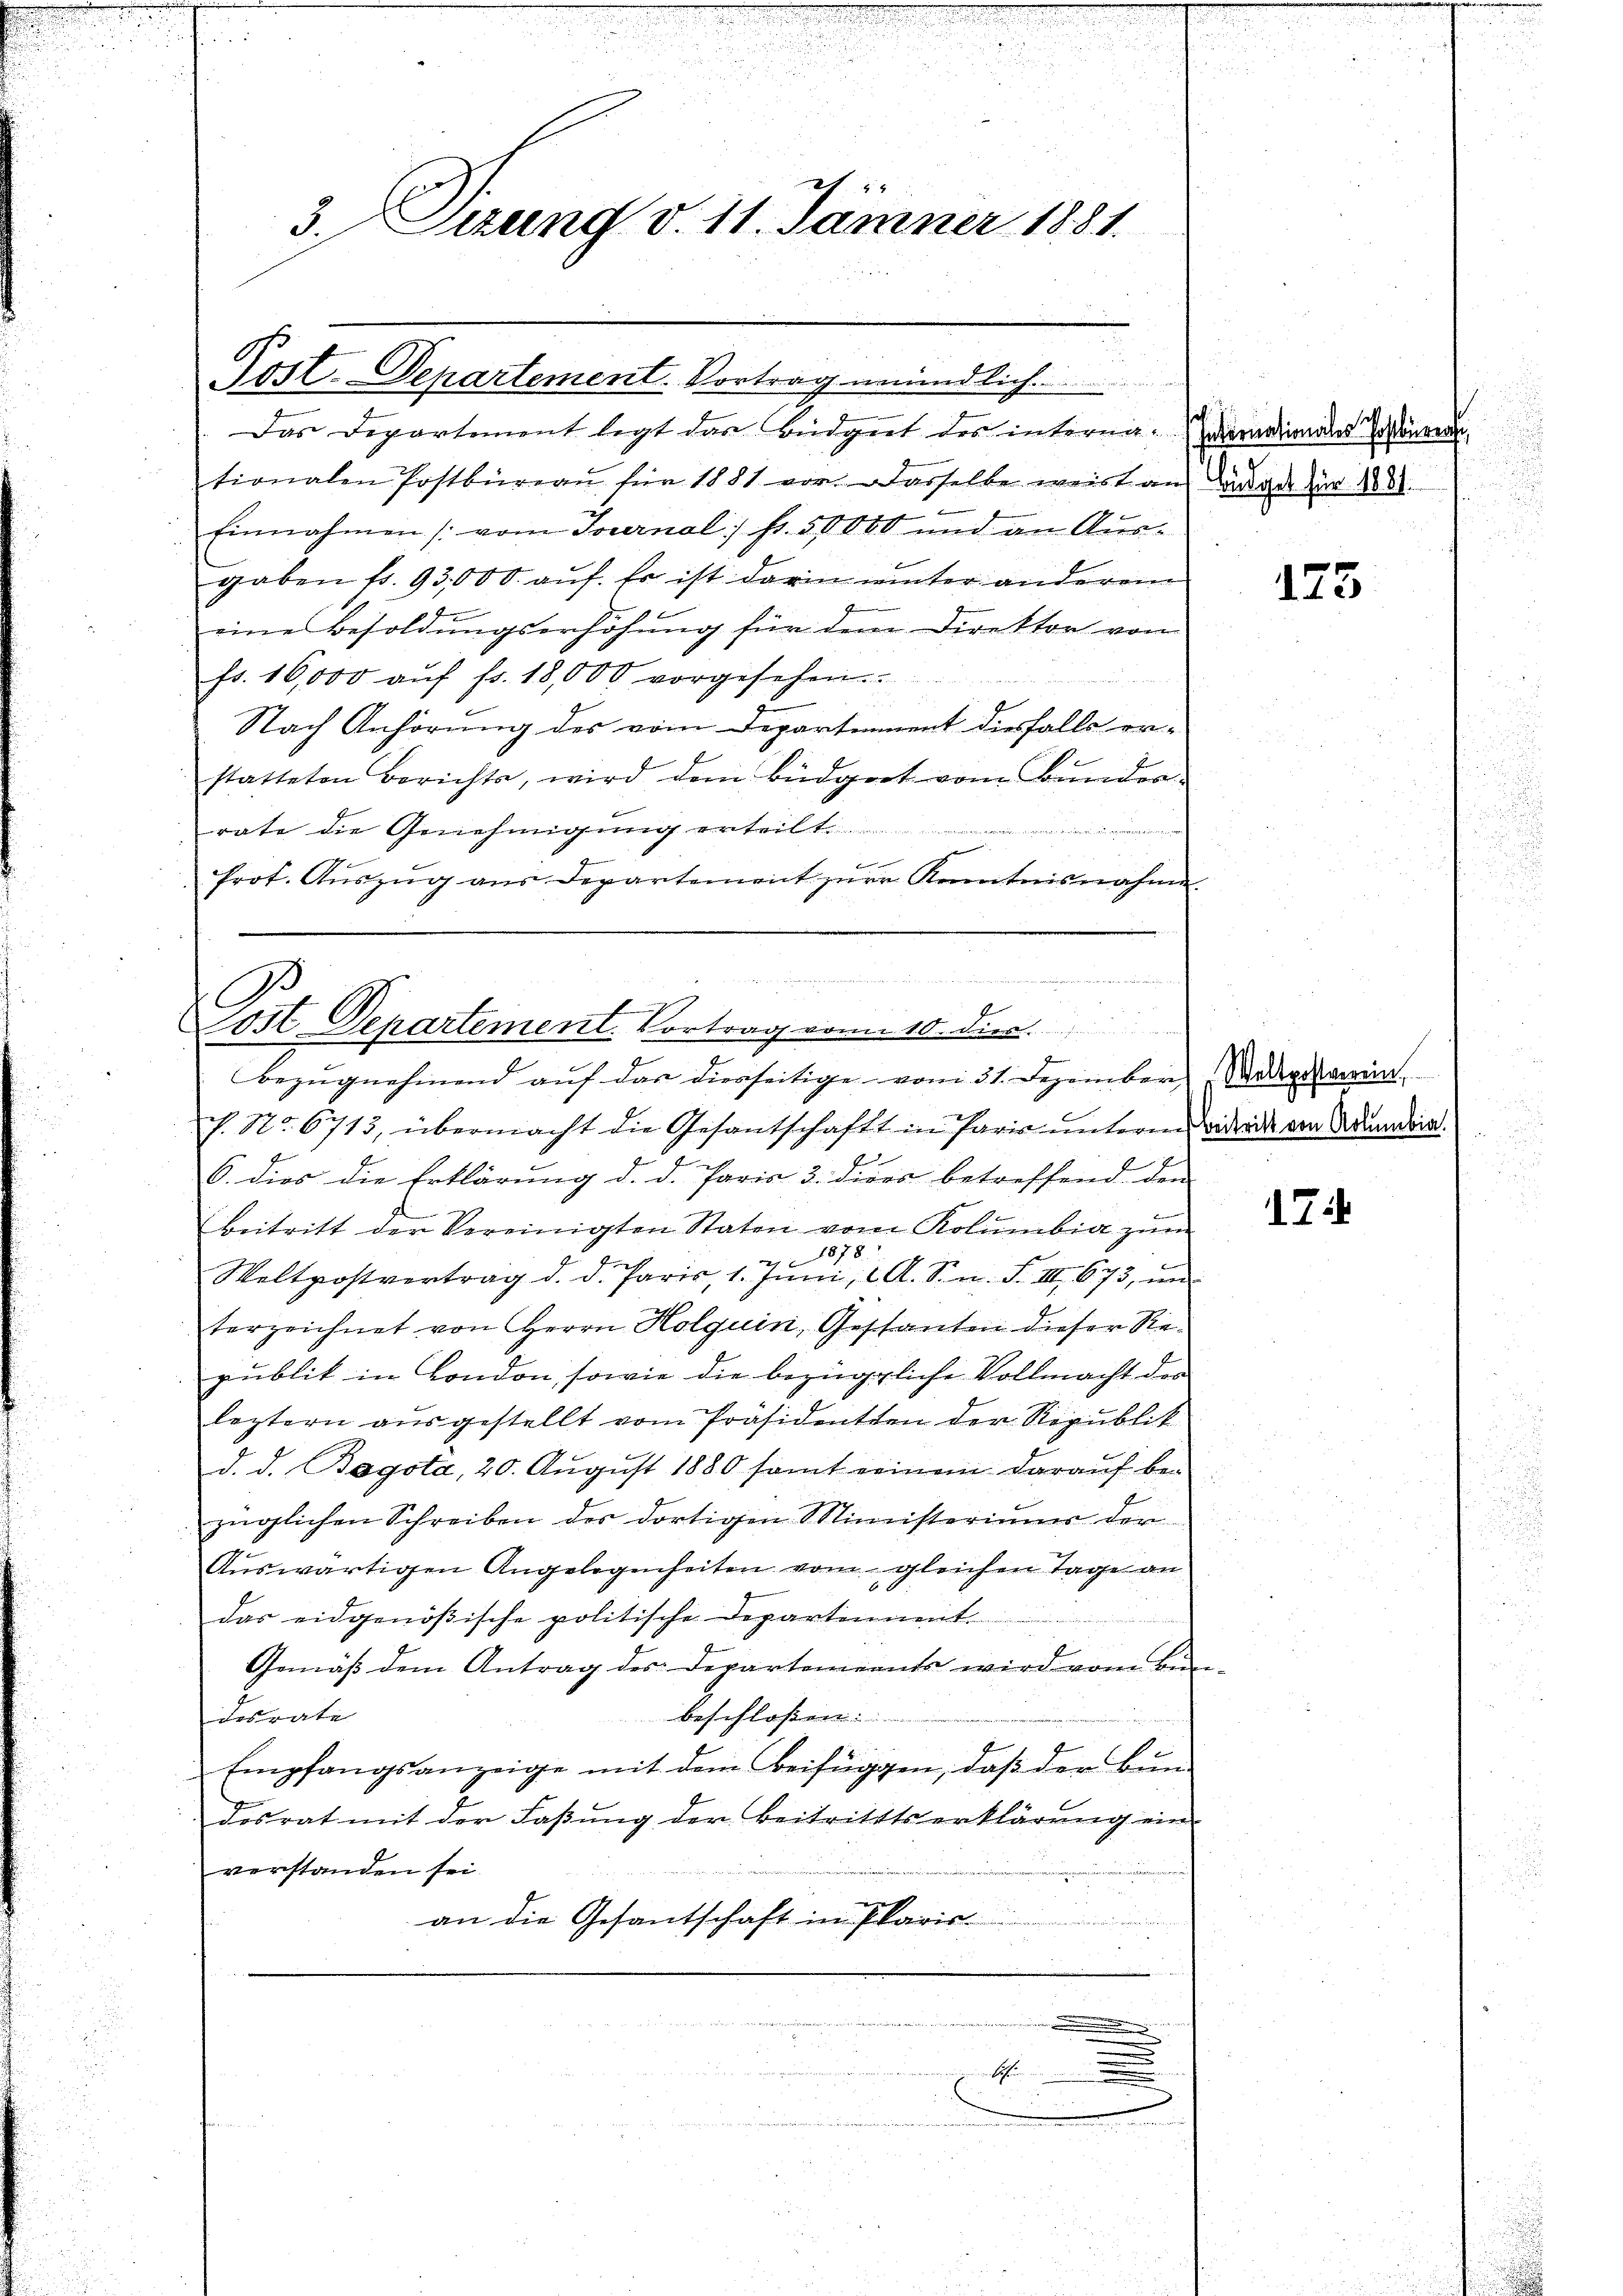
3. Tizung v. 11. Jänner 1881.

Das Departement legt das Büdget des interna. Darnationales Postenvern
tionalen Postbüreaŭ für 1881 vor dasselbe weist an darge für 1881.
x
Einnahmen (vom Tavernal fr. 50000 und an Aus-
gaben fr. 93,000. auf. Er ist darin unter anderem
eine Besoldŭngserhöhŭng für dem Direktor von
fs. 16,000 aŭf fr. 18,000 vorgesehen.

Nach Anhörung des vom Departement diesfalls er-
statteten Berichts, wird dem Büdget vom Bunder-
rate die Genehmigung erteilt.
e
Prot. Aŭszŭg aŭs Departement zŭr Kenntnisnahme.

e
Post-Departement-Vortrag mündlich

f
Post Departement. Vortrag von 10. dies
Bezugnahmend auf das diesseitige vom 31. Dezember, Widermarin

c. No. 6713, übermacht die Gesantschaft in Paris ŭnterm widrige von Adumdrin.
6. dies die Erklärung d. d. Paria 3. dies betreffend den
Beitritt der Vereinigten Staten vom Kolumbia zŭm
Weltpostvertrag d. d. Paris, 1. Jŭni A. S. n. F. III 673, und
isch
terzeichnet von Herrn Kolquin, Geschanten dieser Republik in London, sowie die bezügliche Vollmacht der
leztern ausgestellt vom Präsidenten der Republik
d. d. Bagota, 20. Aŭgŭst 1880 samt seinem daraŭf bei:
züglichen Schreiben des dortigen Ministeriums der
Auswärtigen Angelegenheiten vom gleichen Tage an
das eidgenößische politische Departennent
Gemäß dem Antrag des Departements wird vom Bunbeschloßen:
desrate
Empfangsanzeige mit dem Beifüggen, daß der Bun
dosrat mit der Fassung der Beitritttserklärung ein
verstanden sei.
an die Gesantschaft im Paris
n

.
 Sch

123

1